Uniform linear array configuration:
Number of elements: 4
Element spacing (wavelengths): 0.5
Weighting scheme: kaiser
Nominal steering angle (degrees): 0
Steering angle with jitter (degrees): -0.5794
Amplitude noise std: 0.05
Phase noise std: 0.05

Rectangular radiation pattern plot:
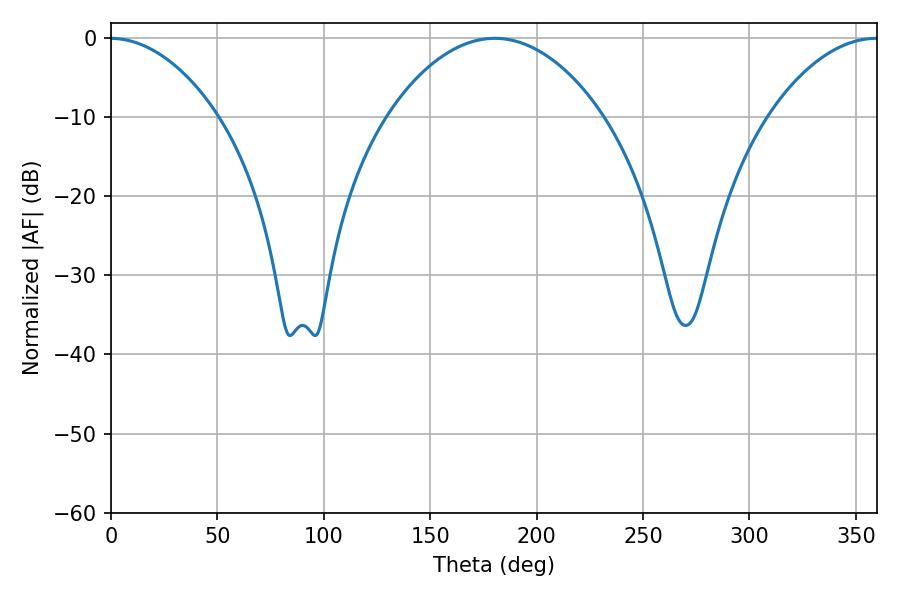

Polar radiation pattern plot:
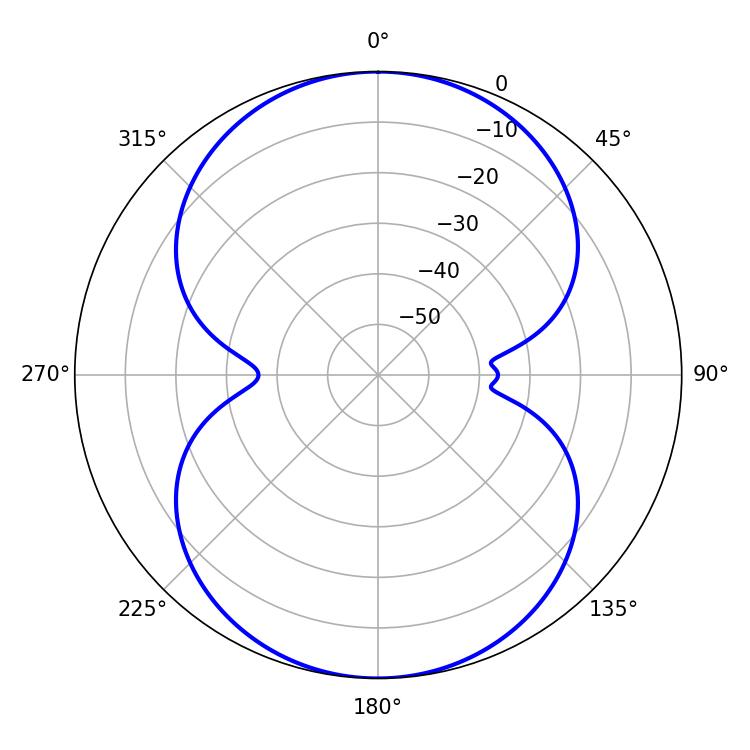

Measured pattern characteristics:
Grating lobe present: FALSE
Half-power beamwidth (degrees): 56.88
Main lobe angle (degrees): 180.36